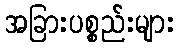
အခြားပစ္စည်းများ